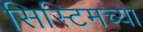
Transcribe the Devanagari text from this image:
सिस्टिमच्या